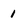
Character: 1